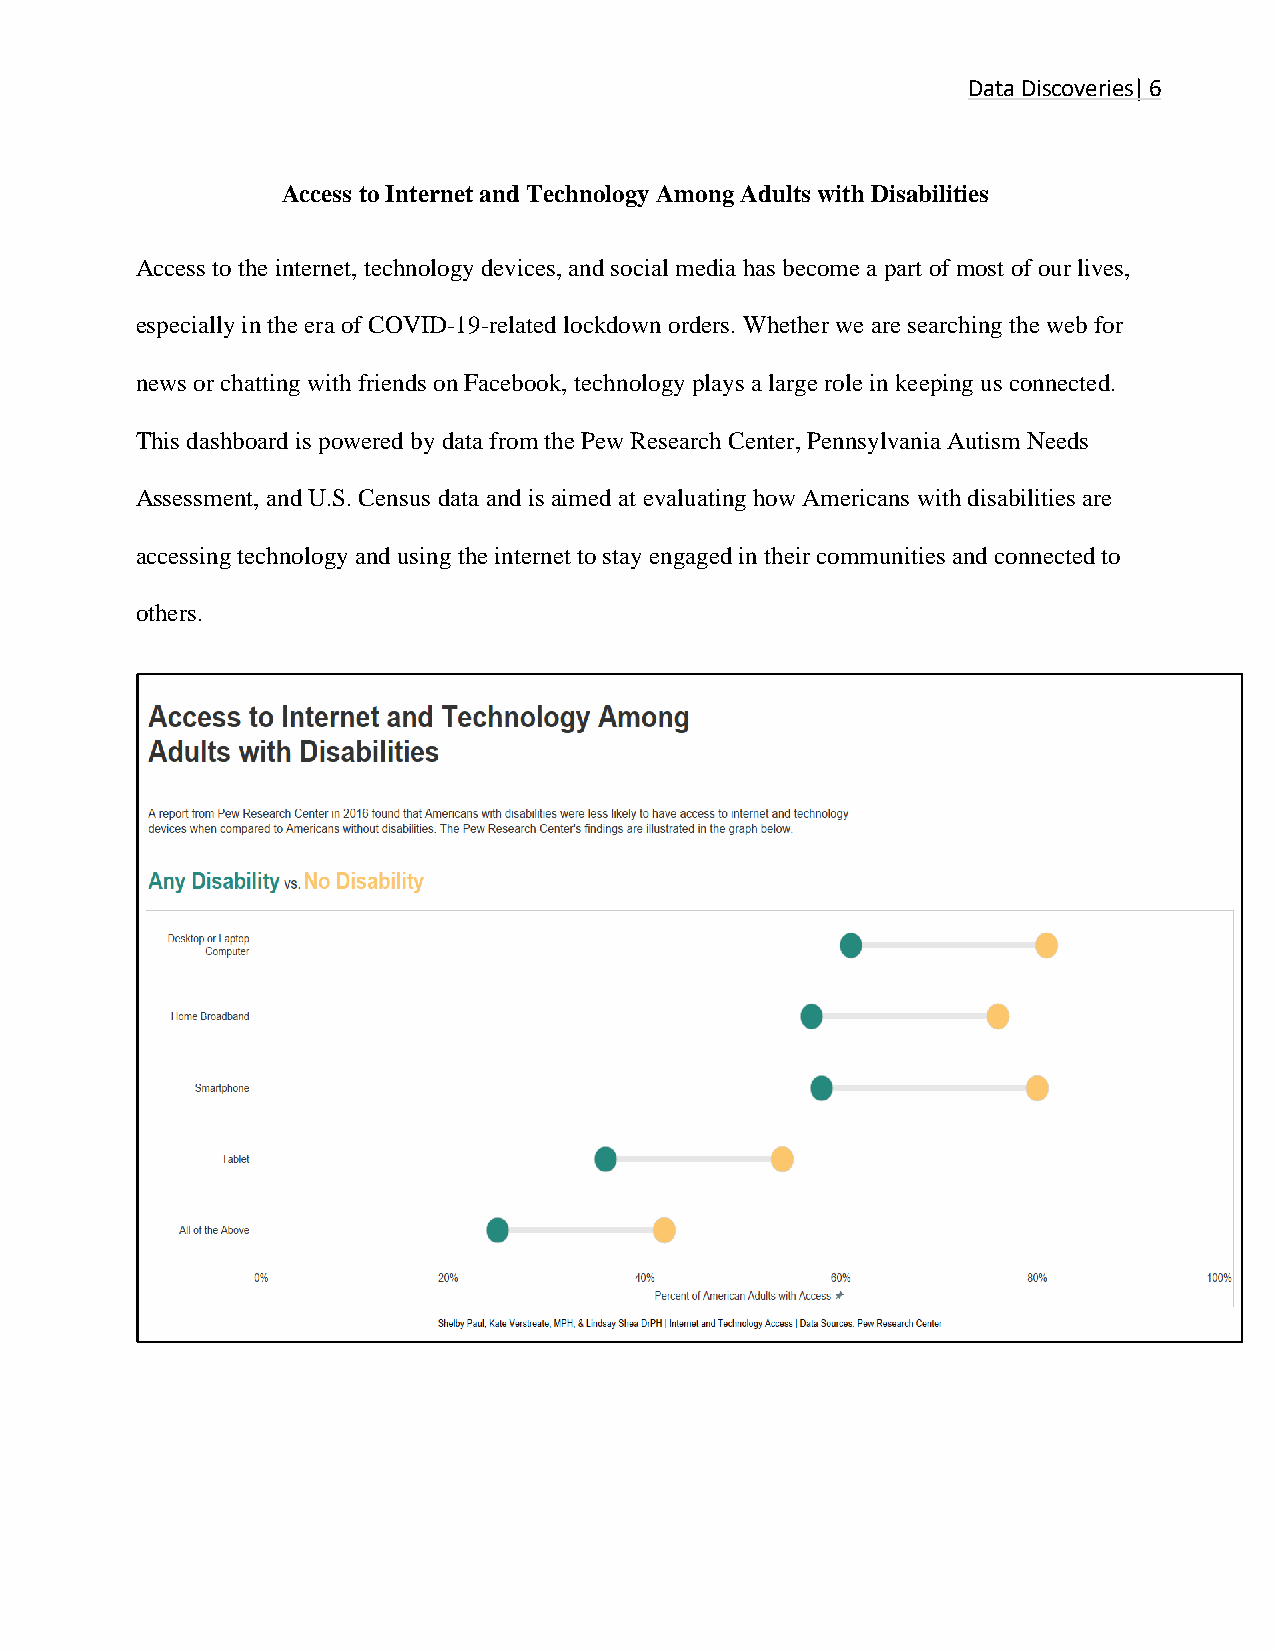
Data Discoveries| 6
 Access to Internet and Technology Among Adults with Disabilities
 Access to the internet, technology devices, and social media has become a part of most of our lives,
 especially in the era of COVID-19-related lockdown orders. Whether we are searching the web for
 news or chatting with friends on Facebook, technology plays a large role in keeping us connected.
 This dashboard is powered by data from the Pew Research Center, Pennsylvania Autism Needs
 Assessment, and U.S. Census data and is aimed at evaluating how Americans with disabilities are
 accessing technology and using the internet to stay engaged in their communities and connected to
 others.